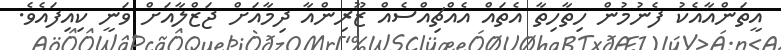
އީތަންއާއެކު ފެނުމުން ހިތާހިތާ އެތައް އެއްޗިއްސެއް ޒޫރިންއާ ދިމާއަށް ޖަޒްލާއަށް ވަނީ ކިއިފައެވެ.